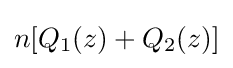
n[Q_{1}(z)+Q_{2}(z)]